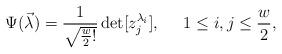
LaTeX: \begin{align*}\Psi (\vec\lambda)=\frac{1}{\sqrt{\frac{w}{2}!} }\det [z_j^{\lambda_i}],\;\;\;\;\; 1\leq i,j\leq \frac{w}{2},\end{align*}